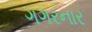
ગગરનાર